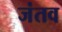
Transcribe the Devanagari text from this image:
जंतव